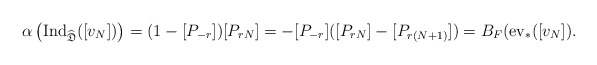
\begin{align*}\alpha\left(\textup{Ind}_{\widehat{\mathfrak{D}}}([v_N])\right)=(1-[P_{-r}])[P_{rN}]=-[P_{-r}]([P_{rN}]-[P_{r(N+1)}])=B_F(\textup{ev}_*([v_N]).\end{align*}